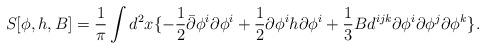
LaTeX: \begin{align*}S[\phi,h,B] = \frac{1}{\pi} \int d^2x \{- \frac{1}{2} \bar{\partial }\phi^i \partial \phi^i+ \frac{1}{2} \partial \phi^i h \partial \phi^i+ \frac{1}{3} B d^{ijk}\partial \phi^i \partial \phi^j \partial \phi^k\}.\end{align*}